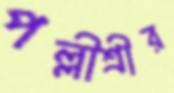
পল্লীশ্রীর